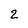
Character: 2